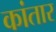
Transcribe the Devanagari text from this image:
कांतार